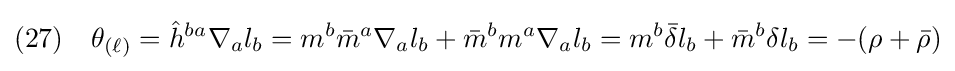
(27)\quad \theta _{(\ell )}={\hat {h}}^{ba}\nabla _{a}l_{b}=m^{b}{\bar {m}}^{a}\nabla _{a}l_{b}+{\bar {m}}^{b}m^{a}\nabla _{a}l_{b}=m^{b}{\bar {\delta }}l_{b}+{\bar {m}}^{b}\delta l_{b}=-(\rho +{\bar {\rho }})